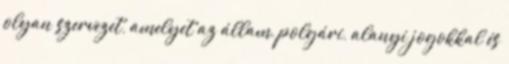
olyan szervezet, amelyet az állam, polgári, alanyi jogokkal és